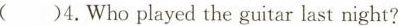
( )4.Who played the guitar last night?